Calcutta medical institutions reports 1871-78
Year: 1871
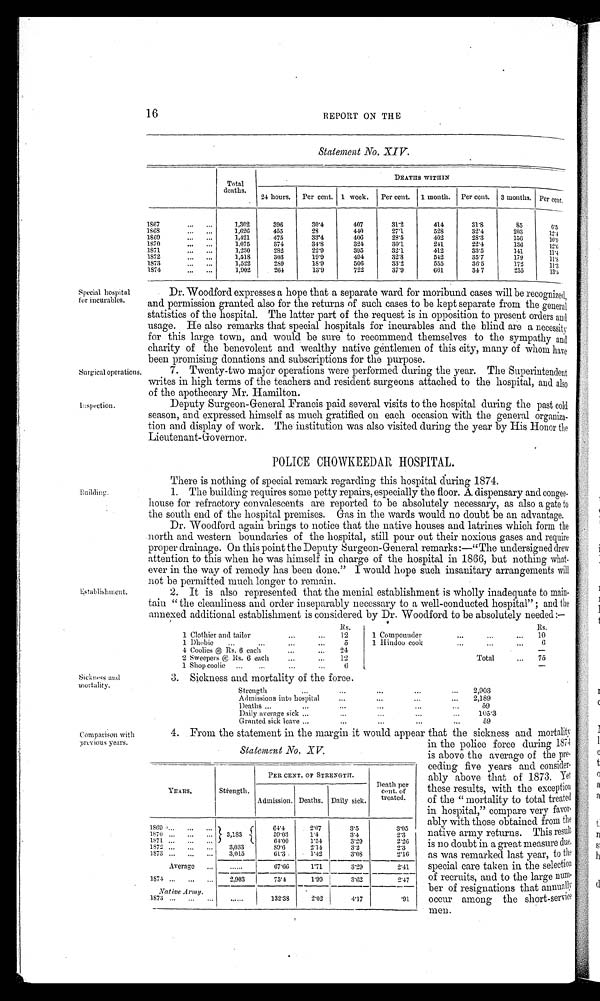
Surgical operations.
Inspection.
There is nothing of special remark regarding this hospital during 1874.
The building requires some petty repairs, especially the floor. A dispensary and congee-
house for refractory convalescents are reported to be absolutely necessary, as also a gate to
the south end of the hospital premises. Gas in the wards would no doubt be an advantage.
Dr. Woodford again brings to notice that the native houses and latrines which form the
north and western boundaries of the hospital, still pour out their noxious gases and require
proper drainage. On this point the Deputy Surgeon-General remarks :—"The undersigned drew
attention to this when he was himself in charge of the hospital in 1866, but nothing what
-
ever in the way of remedy has been done." I would hope such insanitary arrangements will
not be permitted much longer to remain.
2. It is also represented that the menial establishment is wholly inadequate to main
-
tain "the cleanliness and order inseparably necessary to a well-conducted hospital"; and the
annexed additional establishment is considered by Dr. Woodford to be absolutely needed:—
Rs.
Rs.
1 Clothier and tailor
12
1 Compounder...
...
10
1 Dhobie
5
1 Hindoo cook
...
6
4 Coolies @ Rs. 6 each
24.
2 Sweepers @ Rs. 6 each
1 2
Total
75
1 Shop coolie
6
3. Sickness and mortality of the force.
Strength
2,903
Admissions into hospital
2,189
Deaths
5 9
Daily average sick
105·3
Granted sick leave
59
4. From the statement in the margin it would appear that the sickness and mortality,
16
REPORT ON THE
Statement No. XIV.
Total
deaths.
DEATHS WITHIN
24 hours.
Per cent. 1 week.
Per cent.
1 month.
Per cent.
3 months. Per cent.
1867
1,302
396
30·4
407
3 1 · 2
4 1 4
31·8
85
6·5
1868
1,,626
455
28
440
27·1
528
32·4
2 0 3
12·4
1869
1,421
475
33·4
406
28·5
402
28·3
150
10·9
1870
1,075
3 7 4
34·8
324
30·1
241
2 2 · 4
136
12·6
1871
1,230
2 8 2
22·9
395
32·1
412
33·5
141
11·4
1872
1,518
303
19·9
494
32·8
542
35·7
179
1 1 · 8
1873
1,522
289
18·9
506
3 3 · 2
555
3 0 · 5
172
1 1 · 3
1874
1,902
2 6 4
13·9
722
37·9
661
34·7
255
13·4
Special hospital
for incurables.
Dr. Woodford expresses a hope that a separate ward for moribund cases will be recognized,
and permission granted also for the returns of such cases to be kept separate from the general
statistics of the hospital. The latter part of the request is in opposition to present orders and
usage. He also remarks that special hospitals for incurables and the blind are a necessity
for this large town, and would be sure to recommend themselves to the sympathy and
charity of the benevolent and wealthy native gentlemen of this city, many of whom have
been promising donations and subscriptions for the purpose.
7. Twenty-two major operations were performed during the year. The superintendent
writes in high terms of the teachers and resident surgeons attached to the hospital, and also
of the apothecary Mr. Hamilton.
Deputy Surgeon-General Francis paid several visits to the hospital during the past col
d
season, and expressed himself as much gratified on each occasion with the general organiza
-
tion and display of work. The institution was also visited during the year by His Honor the
Lieutenant-Governor.
POLICE CHOWKEEDAR HOSPITAL.
Sickness and
mortality.
Comparison with
previous years.
Establishment.
Statement No. XV.
Strength.
PER CENT. OF STRENGTH.
Death per
cent. of
treated.
YEARS.
Admission. Deaths. Daily sick.
1869
64·4
2·07
3·5
3· 05
1870
3,183
59·03
1·4
3·4
2 · 3
1871
6 4 · 0 0 1·54
3·29
2·26
1872
3.033
89·6
2·14
3·2
2·3
1873
3,015
6 1 · 3 1·42
3 · 0 8 2·16
Average
. . . . . .
6 7 · 6 6 1·71
3·29
2· 41
1874
2 , 9 0 3
75·4
1·99
3 · · 6 2
2·47
Native Army.
1873
......
132·38
2·02
4·17
·91
i n t h e p o l i c e f o r c e d u r i n g 1 8 7 4
is above the average of the pre
-
ceding five years and consider
-
ably above that of 1873. Yet
these results, with the exception
of the "mortality to total treated
in hospital," compare very favor
-
ably with those obtained from the
native army returns. This result
is no doubt in a great measure due,
as was remarked last year, to the
special care taken in the selection
of recruits, and to the large
n u m -
ber of resignations that annually
occur among the short-service
men.